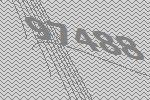
97488